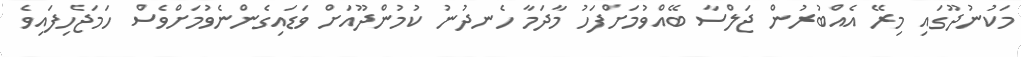
މަކުނުދޫގައި މިރޭ އެއްބުރުން ޖަލްސާ ބޭއްވުމަށްފަހު މާދަމާ ހެނދުނު ކުމުންދޫއަށް ވަޑައިގެންނެވުމަށްވެސް ހަމަޖެހިފައިވެ